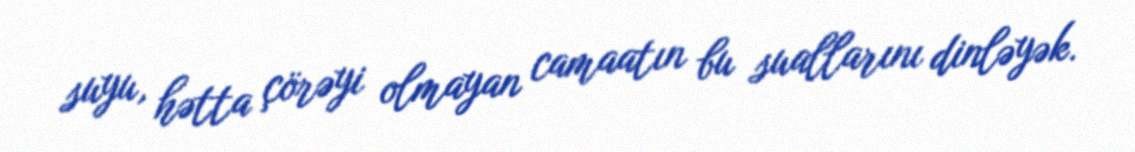
suyu, hətta çörəyi olmayan camaatın bu suallarını dinləyək.